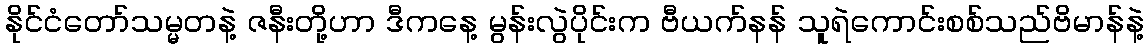
နိုင်ငံတော်သမ္မတနဲ့ ဇနီးတို့ဟာ ဒီကနေ့ မွန်းလွဲပိုင်းက ဗီယက်နန် သူရဲကောင်းစစ်သည်ဗိမာန်နဲ့